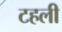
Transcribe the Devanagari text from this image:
टहली